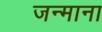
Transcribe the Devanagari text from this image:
जन्माना